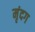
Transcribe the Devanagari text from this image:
मृंदग